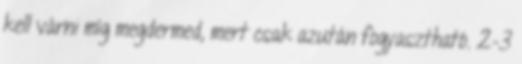
kell várni míg megdermed, mert csak azután fogyasztható. 2-3